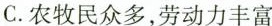
C.农牧民众多，劳动力丰富